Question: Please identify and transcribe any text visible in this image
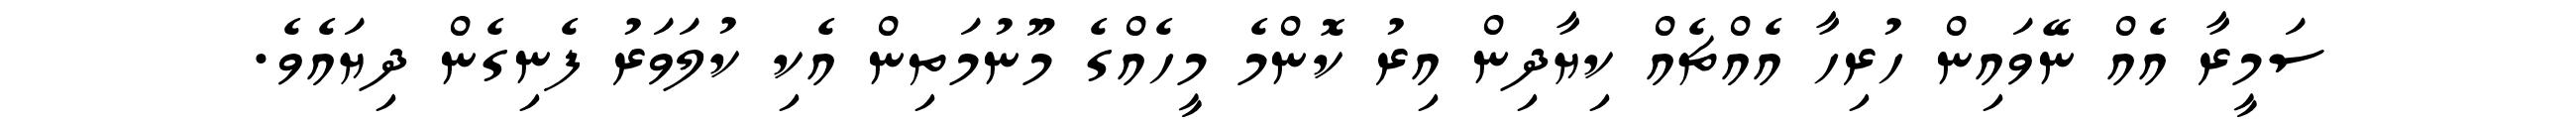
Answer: ސަމީރާ އެއް ނޭވައިން ހުރިހާ އެއްޗެއް ކިޔާދިން އިރު ކޮންމެ މީހެއްގެ މޫނުމަތިން އެކި ކުލަވަރު ފެނިގެން ދިޔައެވެ.